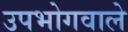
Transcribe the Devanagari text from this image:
उपभोगवाले